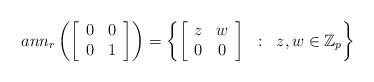
LaTeX: \begin{align*} ann_r\left(\left[\begin{array}{cc}0&0\\0&1\end{array}\right]\right)=\left\{\left[\begin{array}{cc}z&w\\0&0\end{array}\right]\;\;:\;\;z,w\in\mathbb Z_p\right\}\end{align*}